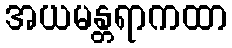
အယမန္တရာကထာ